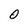
Character: 0